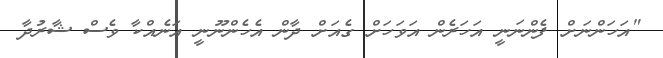
"އަހަންނަށް ފެންނަނީ އަހަރެން އަވަހަށް ގެއަށް ދާން އެހެންނޫނީ އަނެއްކާ ވެސް ޝާރުދާ